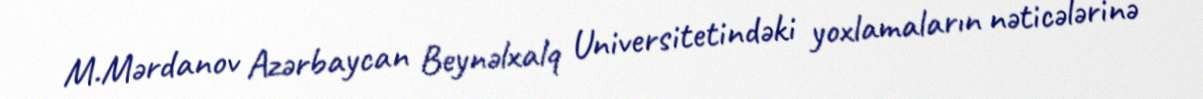
M.Mərdanov Azərbaycan Beynəlxalq Universitetindəki yoxlamaların nəticələrinə